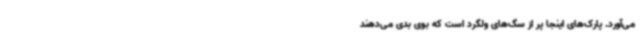
می‌آورد. پارک‌های اینجا پر از سگ‌های ولگرد است که بوی بدی می‌دهند